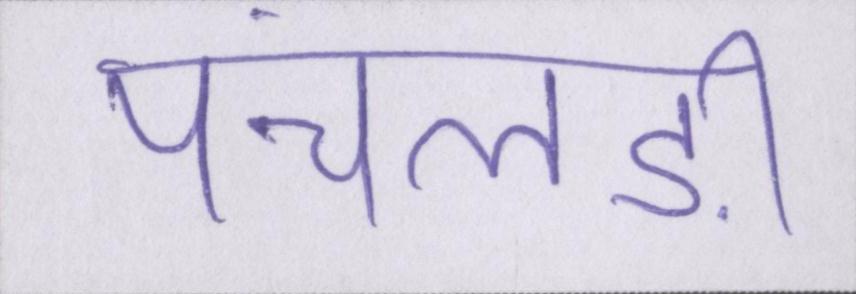
पंचलड़ी